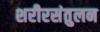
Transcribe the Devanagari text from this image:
शरीरसंतुलन